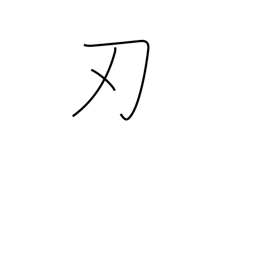
Meaning: edge